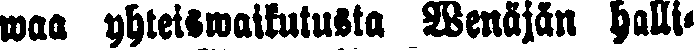
waa yhteiswaikutusta Wenäjän halli-